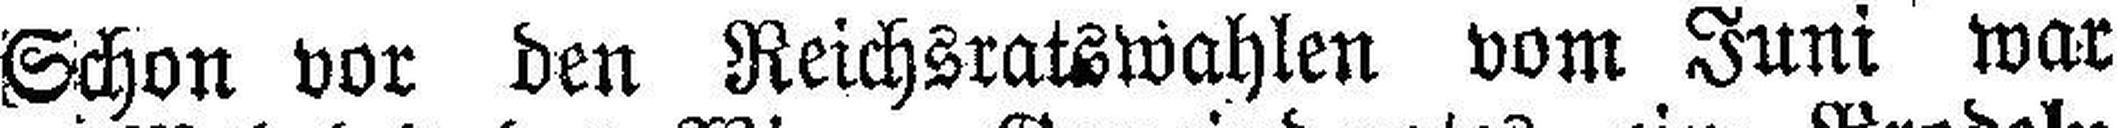
Schon vor den ReichsratswahIen vom Juni war